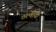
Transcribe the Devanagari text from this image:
ठरणार्या